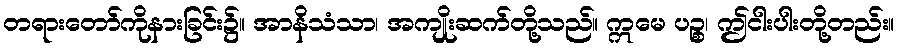
တရားတော်ကိုနားခြင်း၌။ အာနိသံသာ၊ အကျိုးဆက်တို့သည်။ ဣမေ ပဉ္စ၊ ဤငါးပါးတို့တည်း။